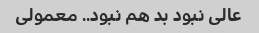
عالی نبود بد هم نبود.. معمولی